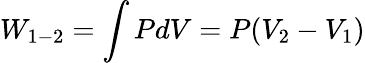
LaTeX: W_{1-2}=\int PdV=P(V_{2}-V_{1})